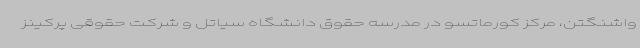
واشنگتن، مرکز کورماتسو در مدرسه حقوق دانشگاه سیاتل و شرکت حقوقی پرکینز